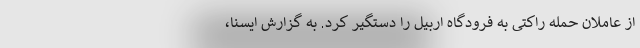
از عاملان حمله راکتی به فرودگاه اربیل را دستگیر کرد. به گزارش ایسنا،